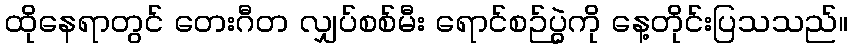
ထိုနေရာတွင် တေးဂီတ လျှပ်စစ်မီး ရောင်စဉ်ပွဲကို နေ့တိုင်းပြသသည်။